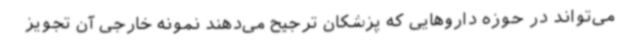
می‌تواند در حوزه داروهایی که پزشکان ترجیح می‌دهند نمونه خارجی آن تجویز